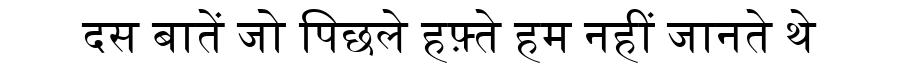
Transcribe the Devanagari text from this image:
दस बातें जो पिछले हफ़्ते हम नहीं जानते थे